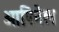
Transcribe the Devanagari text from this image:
ओपिनेल